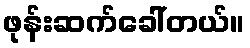
ဖုန်းဆက်ခေါ်တယ်။